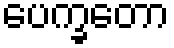
ပေက္ခတော